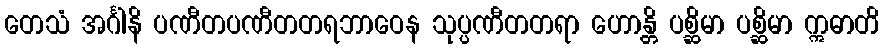
တေသံ အင်္ဂါနိ ပဏီတပဏီတတရဘာဝေန သုပ္ပဏီတတရာ ဟောန္တိ ပစ္ဆိမာ ပစ္ဆိမာ ဣဓာတိ